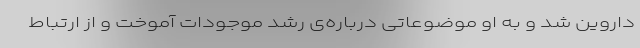
داروین شد و به او موضوعاتی درباره‌ی رشد موجودات آموخت و از ارتباط